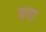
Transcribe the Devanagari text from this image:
यगा